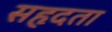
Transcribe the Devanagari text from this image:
सहृदता